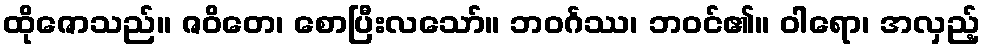
ထိုဇောသည်။ ဇဝိတေ၊ စောပြီးလသော်။ ဘဝင်္ဂဿ၊ ဘဝင်၏။ ဝါရော၊ အလှည့်